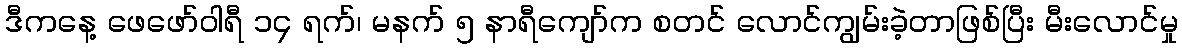
ဒီကနေ့ ဖေဖော်ဝါရီ ၁၄ ရက်၊ မနက် ၅ နာရီကျော်က စတင် လောင်ကျွမ်းခဲ့တာဖြစ်ပြီး မီးလောင်မှု